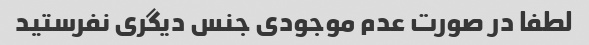
لطفا در صورت عدم موجودی جنس دیگری نفرستید